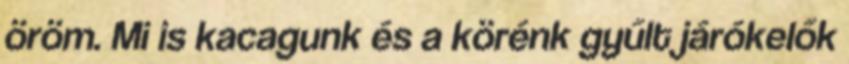
öröm. Mi is kacagunk és a körénk gyűlt járókelők